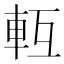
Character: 𨋆